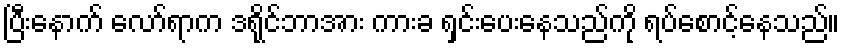
ပြီးနောက် လော်ရာက ဒရိုင်ဘာအား ကားခ ရှင်းပေးနေသည်ကို ရပ်စောင့်နေသည်။